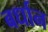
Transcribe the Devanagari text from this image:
बर्धान